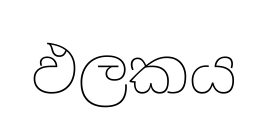
ඵලකය